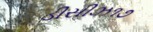
ડીસીઝ૧૭